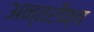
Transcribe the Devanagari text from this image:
अन्तरीक्ष